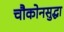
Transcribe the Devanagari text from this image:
चौकोनसुद्धा